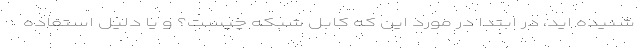
شنیده اید، در ابتدا در مورد این که کابل شبکه چیست؟ و یا دلیل استفاده